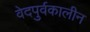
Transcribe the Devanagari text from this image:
वेदपुर्वकालीन